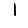
Digit: 1